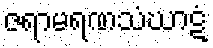
ဇရာမရဏသံဃာဋံ